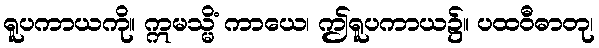
ရူပကာယကို။ ဣမသ္မိံ ကာယေ၊ ဤရူပကာယ၌။ ပထဝီဓာတု၊